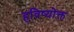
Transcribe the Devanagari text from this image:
हविष्योक्त